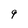
Character: 9